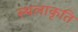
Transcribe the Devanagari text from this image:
स्‍थलाकृति